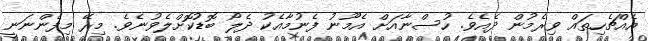
އެއްޗެހިތައް ވިރެމުން ދެއެވެ. ހުސްނާއަށް އެމޫނު ފެނުމާއެކު ދެލޯ ބޮޑުކޮށްލެވުނެވެ. މިރޭ މިފެންނަނީ